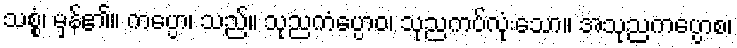
သစ္စံ၊ မှန်၏။ ကပ္ပော၊ သည်။ သုညကံပ္ပောဝ၊ သုညကပ်လုံးသော။ အသုညကပ္ပောစ၊